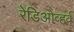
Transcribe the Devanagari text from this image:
रेडिओव्हर्व